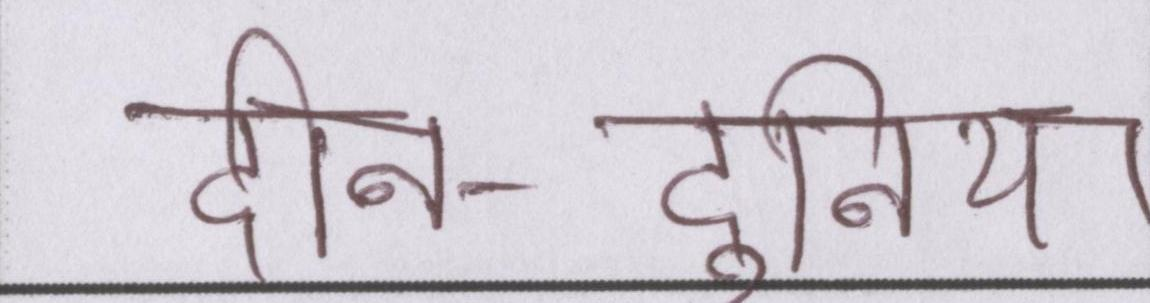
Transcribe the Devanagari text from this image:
दीन-दुनिया